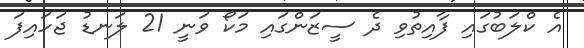
އެ ކްލަބުގައި ފާއިތުވި ދެ ސީޒަންގައި މަކޯ ވަނީ 21 ލަނޑު ޖަހައިފަ